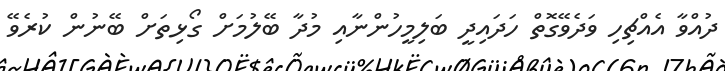
ދުއްވާ އެއްޗިހި ވަދެވޭގޮތް ހަދައިދީ ބަލިމީހުންނާއި މުދާ ބޭލުމަށް ގޯޅިތަށް ބޭނުން ކުރެވޭ